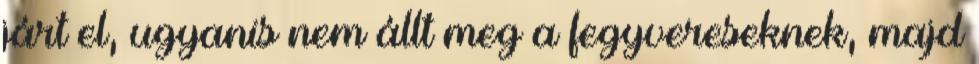
járt el, ugyanis nem állt meg a fegyvereseknek, majd